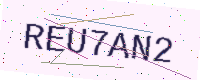
Text: REU7AN2